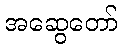
အဆွေတော်